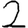
Digit: 2